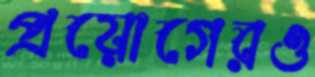
প্রয়োগেরও